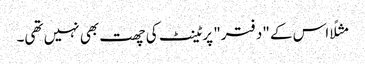
مثلًا اس کے "دفتر" پر ٹینٹ کی چھت بھی نہیں تھی۔